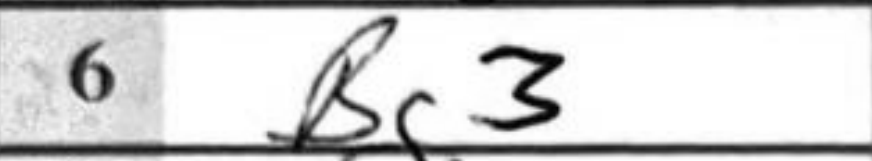
Transcription: Bg3